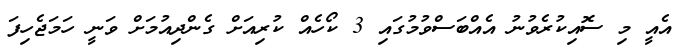
އެއީ މި ސޮއިކުރެވުނު އެއްބަސްވުމުގައި 3 ކޯހެއް ކުރިއަށް ގެންދިއުމަށް ވަނީ ހަމަޖެހިފަ